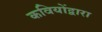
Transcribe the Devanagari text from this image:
कवियोंद्वारा